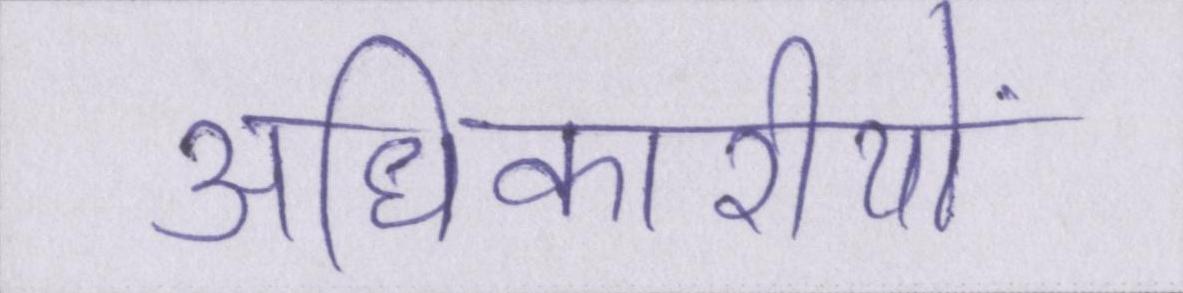
अधिकारीयों